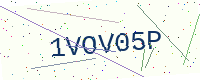
Text: 1VOV05P